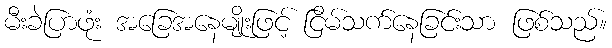
မီးခဲပြာဖုံး အခြေအနေမျိုးဖြင့် ငြိမ်သက်နေခြင်းသာ ဖြစ်သည်။